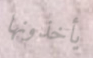
يأخذونها